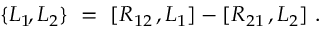
\{ L _ { 1 } \! , L _ { 2 } \} ~ = ~ [ R _ { 1 2 } \, , L _ { 1 } ] - [ R _ { 2 1 } \, , L _ { 2 } ] ~ .